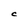
Character: C